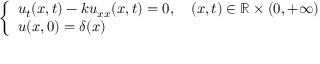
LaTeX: \left\{ { \begin{array} { l l } { u _ { t } ( x , t ) - k u _ { x x } ( x , t ) = 0 , \quad ( x , t ) \in \mathbb { R } \times ( 0 , + \infty ) } \\ { u ( x , 0 ) = \delta ( x ) } \end{array} } \right.